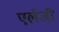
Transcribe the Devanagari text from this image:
एर्लजी